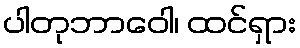
ပါတုဘာဝေါ၊ ထင်ရှား